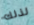
لذلك